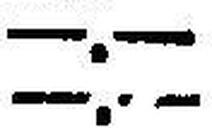
—.—